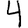
Digit: 4